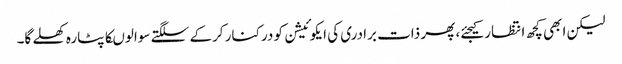
لیکن ابھی کچھ انتظار کیجئے، پھر ذات برادری کی ایکوئیشن کو درکنار کرکے سلگتے سوالوںکا پٹارہ کھلے گا۔